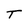
Character: T